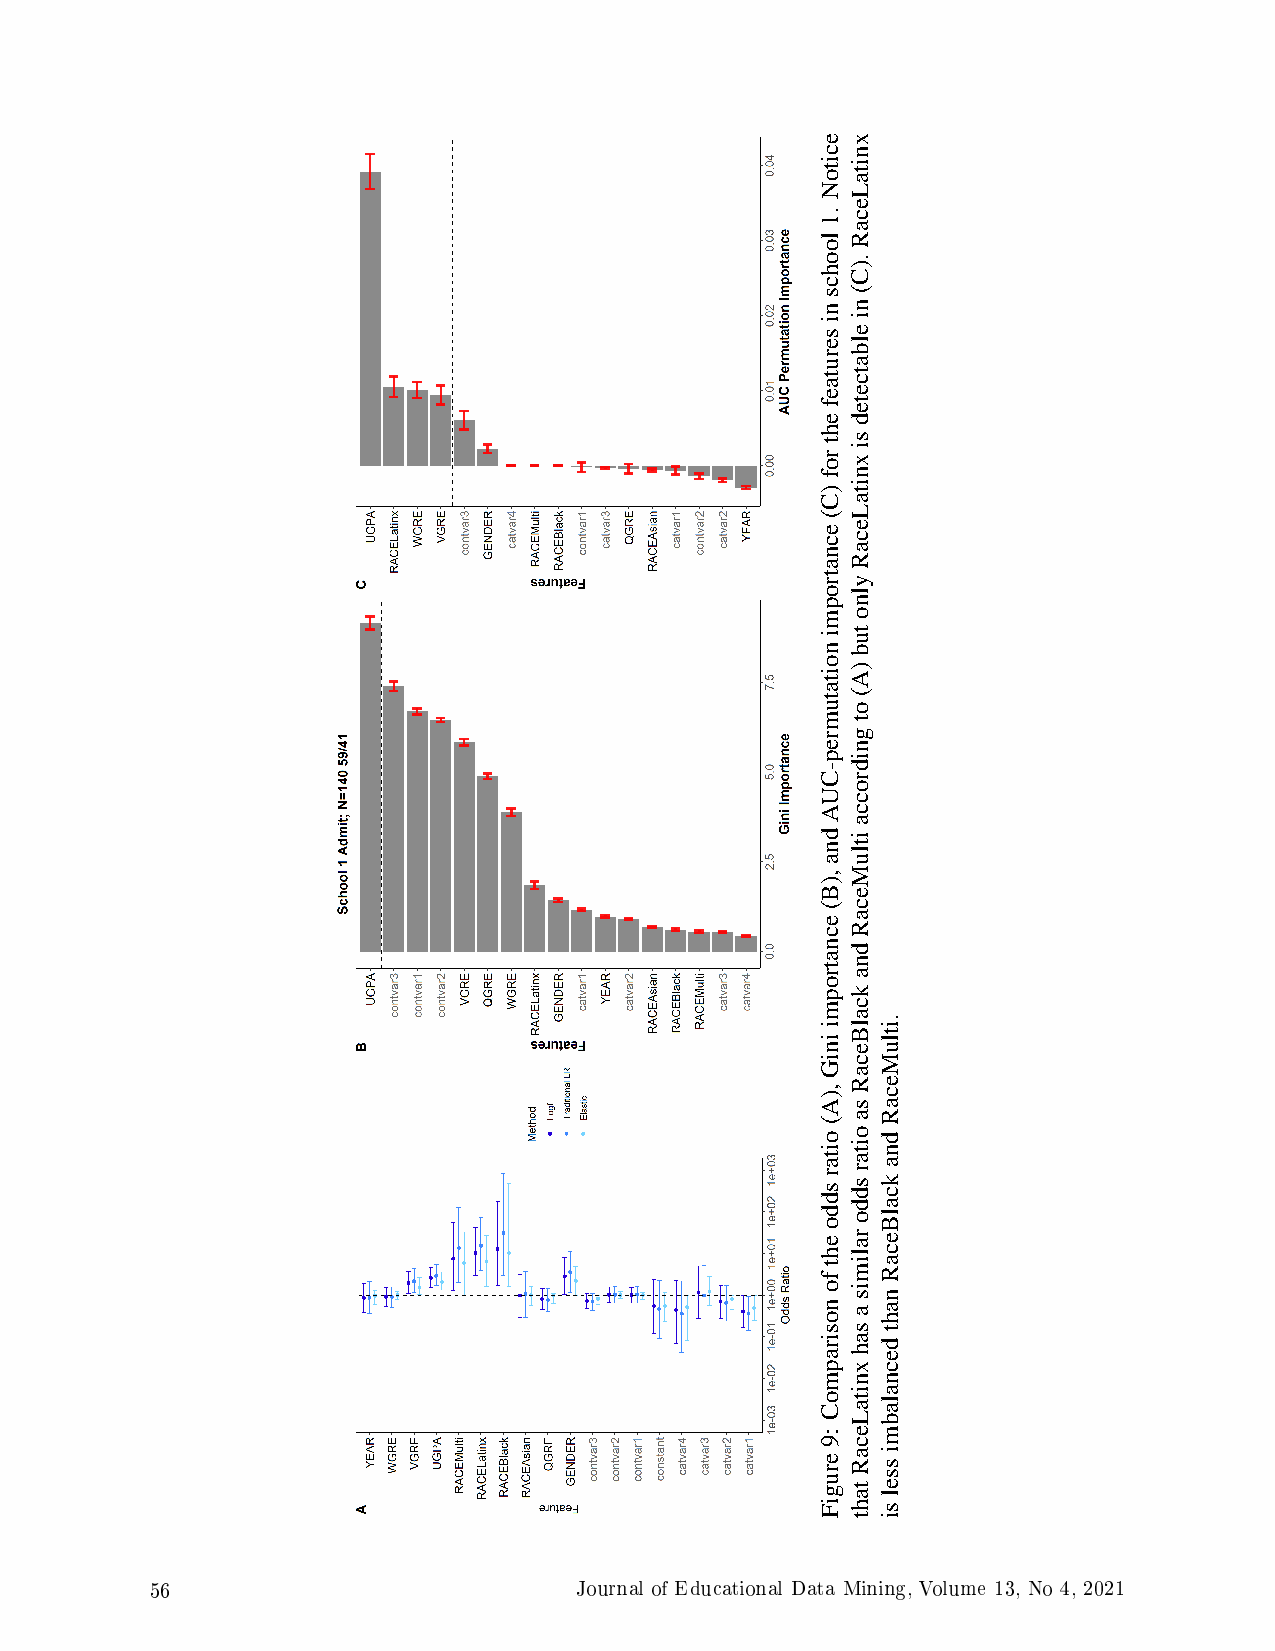
56                          Journal of Educational Data Mining, Volume 13, No 4, 2021
 ecitoN
 .1loohcsniserutaefehtrof)C(ecnatropminoitatumrep-CUAdna,)B(ecnatropmiiniG,)A(oitarsddoehtfonosirapmoC
 :9erugiF
 xnitaLecaR.)C(nielbatcetedsixnitaLecaRylnotub)A(otgnidroccaitluMecaRdnakcalBecaRsaoitarsddoralimisasahxnitaLecaRtaht
 .itluMecaRdnakcalBecaRnahtdecnalabmisselsi